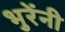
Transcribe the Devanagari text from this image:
भुरेंनी